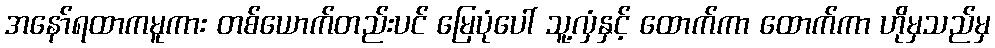
အနော်ရထာကမူကား တစ်ယောက်တည်းပင် မြေပုံပေါ် သူ့လှံနှင့် ထောက်ကာ ထောက်ကာ ဟိုမှသည်မှ